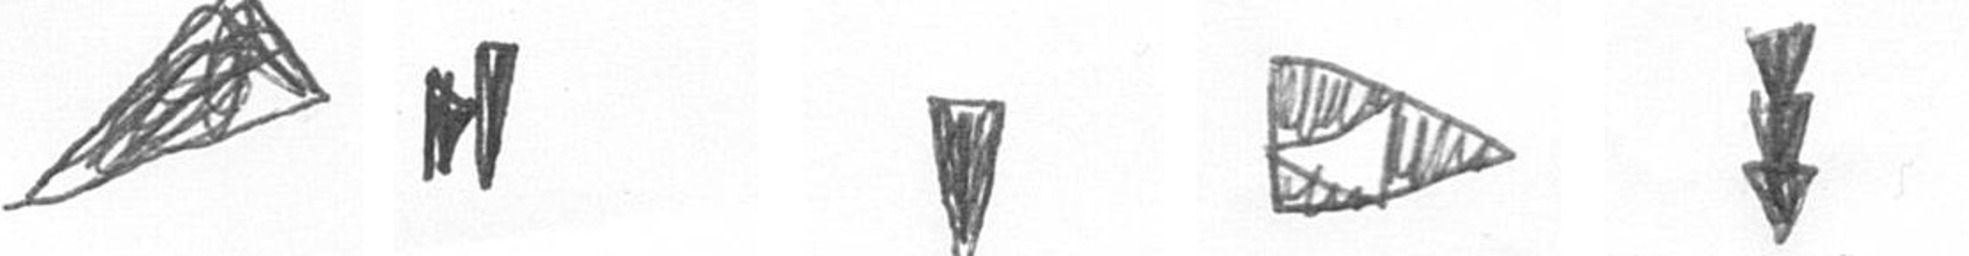
O M J K E